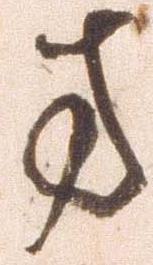
方